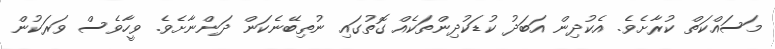
މަސައްކަތް ކުރާށެވެ. އެކުދިން އަބަދު ކުޑަކުދިންތަކެއް ގޮތުގައި ނުތިބޭނެކަން ދަންނާށެވެ. ވީހާވެސް ވަރަކުން